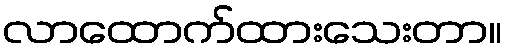
လာထောက်ထားသေးတာ။